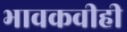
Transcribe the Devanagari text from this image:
भावकवीही